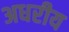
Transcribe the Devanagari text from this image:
अधरीय